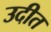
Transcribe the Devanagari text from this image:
उदीत